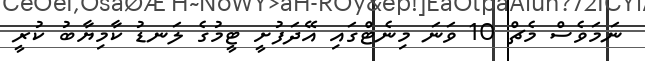
ނަމަވެސް މެޗް 10 ވަނަ މިނެޓްގައި އޭދަފުށީ ޓީމުގެ ލަނޑު ކާމިޔާބު ކުރީ